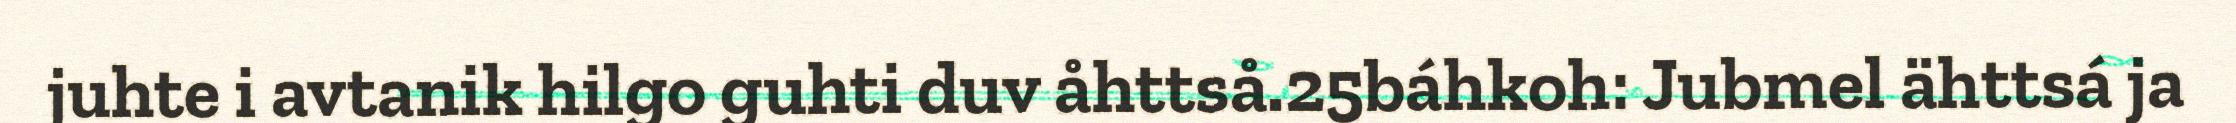
juhte i avtanik hilgo guhti duv åhttså.25báhkoh: Jubmel ähttsá ja